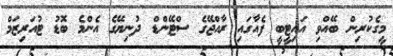
މީގެކުރިން ބޭއްވި އައިޓީބީ ފެއާގައި ރާއްޖޭގެ ސްޓޭންޑް ދުނިޔޭގެ އެންމެ ބޮޑު ޓުއަރިޒަމް